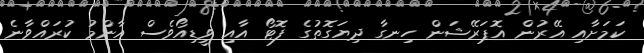
ކަމަށާއި އޭރުން އޮޕަރޭޝަން ހިނގާ ދިޔަގޮތުގެ ފޮޓޯ އާއި ވީޑިއޯވެސް އާންމު ކުރައްވާނެ